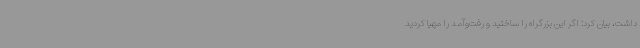
داشت، بیان کرد: اگر این بزرگراه را ساختید و رفت‌وآمد را مهیا کردید